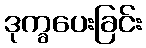
ဒုက္ခပေးခြင်း